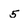
Character: 5